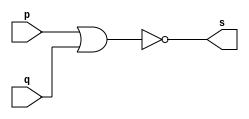
// ----------------------------------------
// Exercicio02 - NOR
// Nome: Joo Henrique Mendes de Oliveira
//-----------------------------------------

//-----------------------------------------
//--nor gate
//-----------------------------------------
module norgate(output s, input p, input q);

 assign s = (~(p | q)); 
endmodule // norgate

//-----------------------------------------
//--test nor gate
//-----------------------------------------
module testnorgate;
//-----------------------------dados locais
 reg a, b;	//definir registrador
 wire s;	//definir conexo (fio)
//--------------------------------instancia
 norgate NOR1(s, a, b);
//-------------------------------preparacao
 initial begin: star
  a = 0; b = 0;
 end
//--------------------------parte principal
 initial begin
	 $display("Exerccio 02 - Joo Henrique M. de Oliveira - 392734");
	 $display("Test NOR gate");
	 $display("\n ~(a | b) = s\n");
	 a = 0; b = 0;
	#1 $display("%b & %b = %b", a, b, s); 
	 a = 0; b = 1; 
	#1 $display("%b & %b = %b", a, b, s); 
	 a = 1; b = 0; 
	#1 $display("%b & %b = %b", a, b, s); 
	 a = 1; b = 1; 
	#1 $display("%b & %b = %b", a, b, s); 
 end 
	 
 endmodule // testnorgate